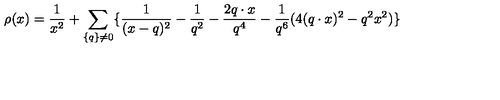
\rho ( x ) = \frac { 1 } { x ^ { 2 } } + \sum _ { \{ q \} \neq 0 } \{ \frac { 1 } { ( x - q ) ^ { 2 } } - \frac { 1 } { q ^ { 2 } } - \frac { 2 q \cdot x } { q ^ { 4 } } - \frac { 1 } { q ^ { 6 } } ( 4 ( q \cdot x ) ^ { 2 } - q ^ { 2 } x ^ { 2 } ) \}